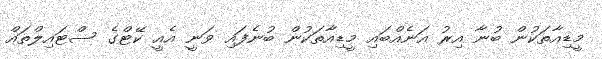
މީޑިއާތަކުން ބުނާ އިރު އަނެއްބައި މީޑިއާތަކުން ބުނެފައި ވަނީ އެއީ ކޭޓްގެ ސްޓައިލްތައް